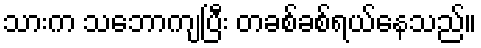
သားက သဘောကျပြီး တခစ်ခစ်ရယ်နေသည်။